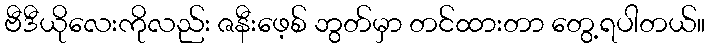
ဗီဒီယိုလေးကိုလည်း ဇနီးဖေ့စ် ဘွတ်မှာ တင်ထားတာ တွေ့ရပါတယ်။